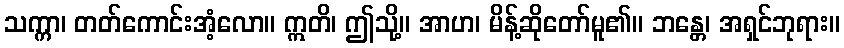
သက္ကာ၊ တတ်ကောင်းအံ့လော။ ဣတိ၊ ဤသို့။ အာဟ၊ မိန့်ဆိုတော်မူ၏။ ဘန္တေ၊ အရှင်ဘုရား။